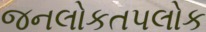
જનલોકતપલોક